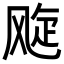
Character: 𬱽